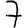
Digit: 7